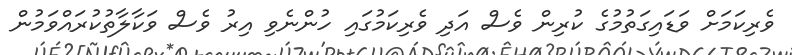
ވެރިކަމަށް ވަޑައިގަތުމުގެ ކުރިން ވެސް އަދި ވެރިކަމުގައި ހުންނެވި އިރު ވެސް ވަކާލާތުކުރައްވަމުން